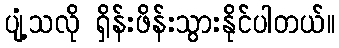
ပျံ့သလို ရှိန်းဖိန်းသွားနိုင်ပါတယ်။